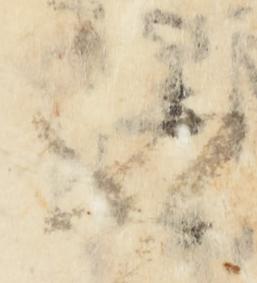
不